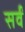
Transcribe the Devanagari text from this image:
सर्वँ